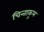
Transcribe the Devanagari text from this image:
चिन्ताकुल